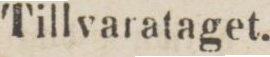
Tillvarataget.